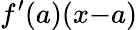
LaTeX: f^{\prime}(a)(x{-}a)